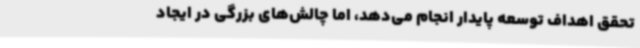
تحقق اهداف توسعه پایدار انجام می‌دهد، اما چالش‌های بزرگی در ایجاد